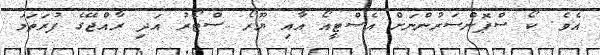
އެވެ. ކޯ ސްޕޮންސަރުންނަށް އެސްޓީއޯ އާއި ޔޫރޯ ސްޓޯރު އަދި ރާއްޖޭގެ ފުރަތަމަ